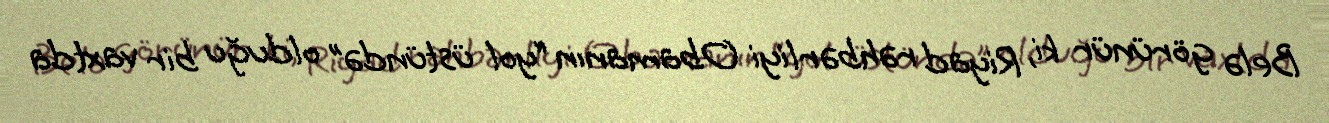
Belə görünür ki, Riyad rəhbərliyi Obamanın “yol üstündə” olduğu bir vaxtda